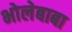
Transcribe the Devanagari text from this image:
भोलेबाबा